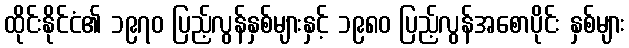
ထိုင်းနိုင်ငံ၏ ၁၉၇၀ ပြည့်လွန်နှစ်များနှင့် ၁၉၈၀ ပြည့်လွန်အစောပိုင်း နှစ်များ